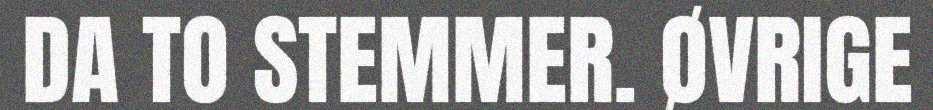
DA TO STEMMER. ØVRIGE